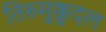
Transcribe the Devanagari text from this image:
तिरुमुक्कुदल